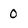
Character: O